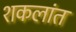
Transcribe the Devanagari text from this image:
शकलांत